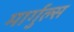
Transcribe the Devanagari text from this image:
मार्गुल्स